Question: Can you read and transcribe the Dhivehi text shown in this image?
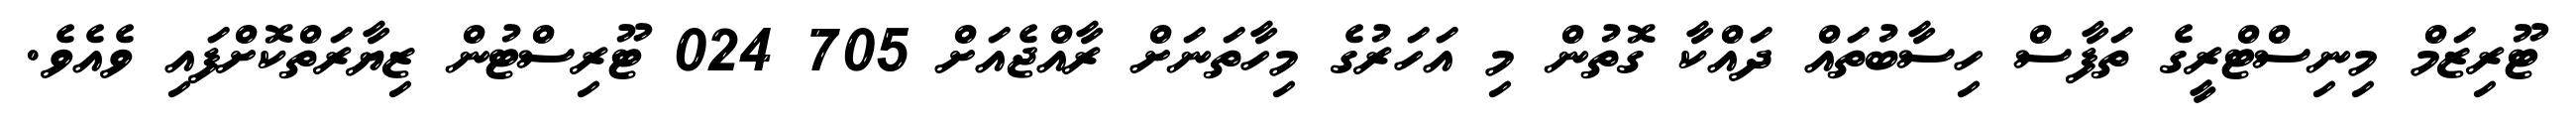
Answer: ޓޫރިޒަމް މިނިސްޓްރީގެ ތަފާސް ހިސާބުތައް ދައްކާ ގޮތުން މި އަހަރުގެ މިހާތަނަށް ރާއްޖެއަށް 705 024 ޓޫރިސްޓުން ޒިޔާރަތްކޮށްފައި ވެއެވެ.